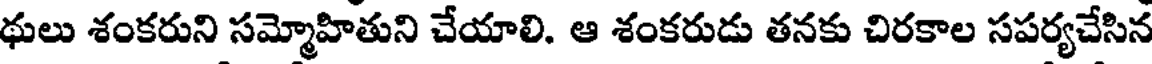
థులు శంకరుని సమ్మోహితుని చేయాలి. ఆ శంకరుడు తనకు చిరకాల సపర్యచేసిన